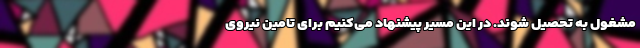
مشغول به تحصیل شوند. در این مسیر پیشنهاد می‌کنیم برای تامین نیروی